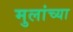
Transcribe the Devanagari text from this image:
मुलांच्‍या